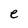
Character: e